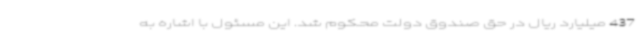
437 میلیارد ریال در حق صندوق دولت محکوم شد. این مسئول با اشاره به